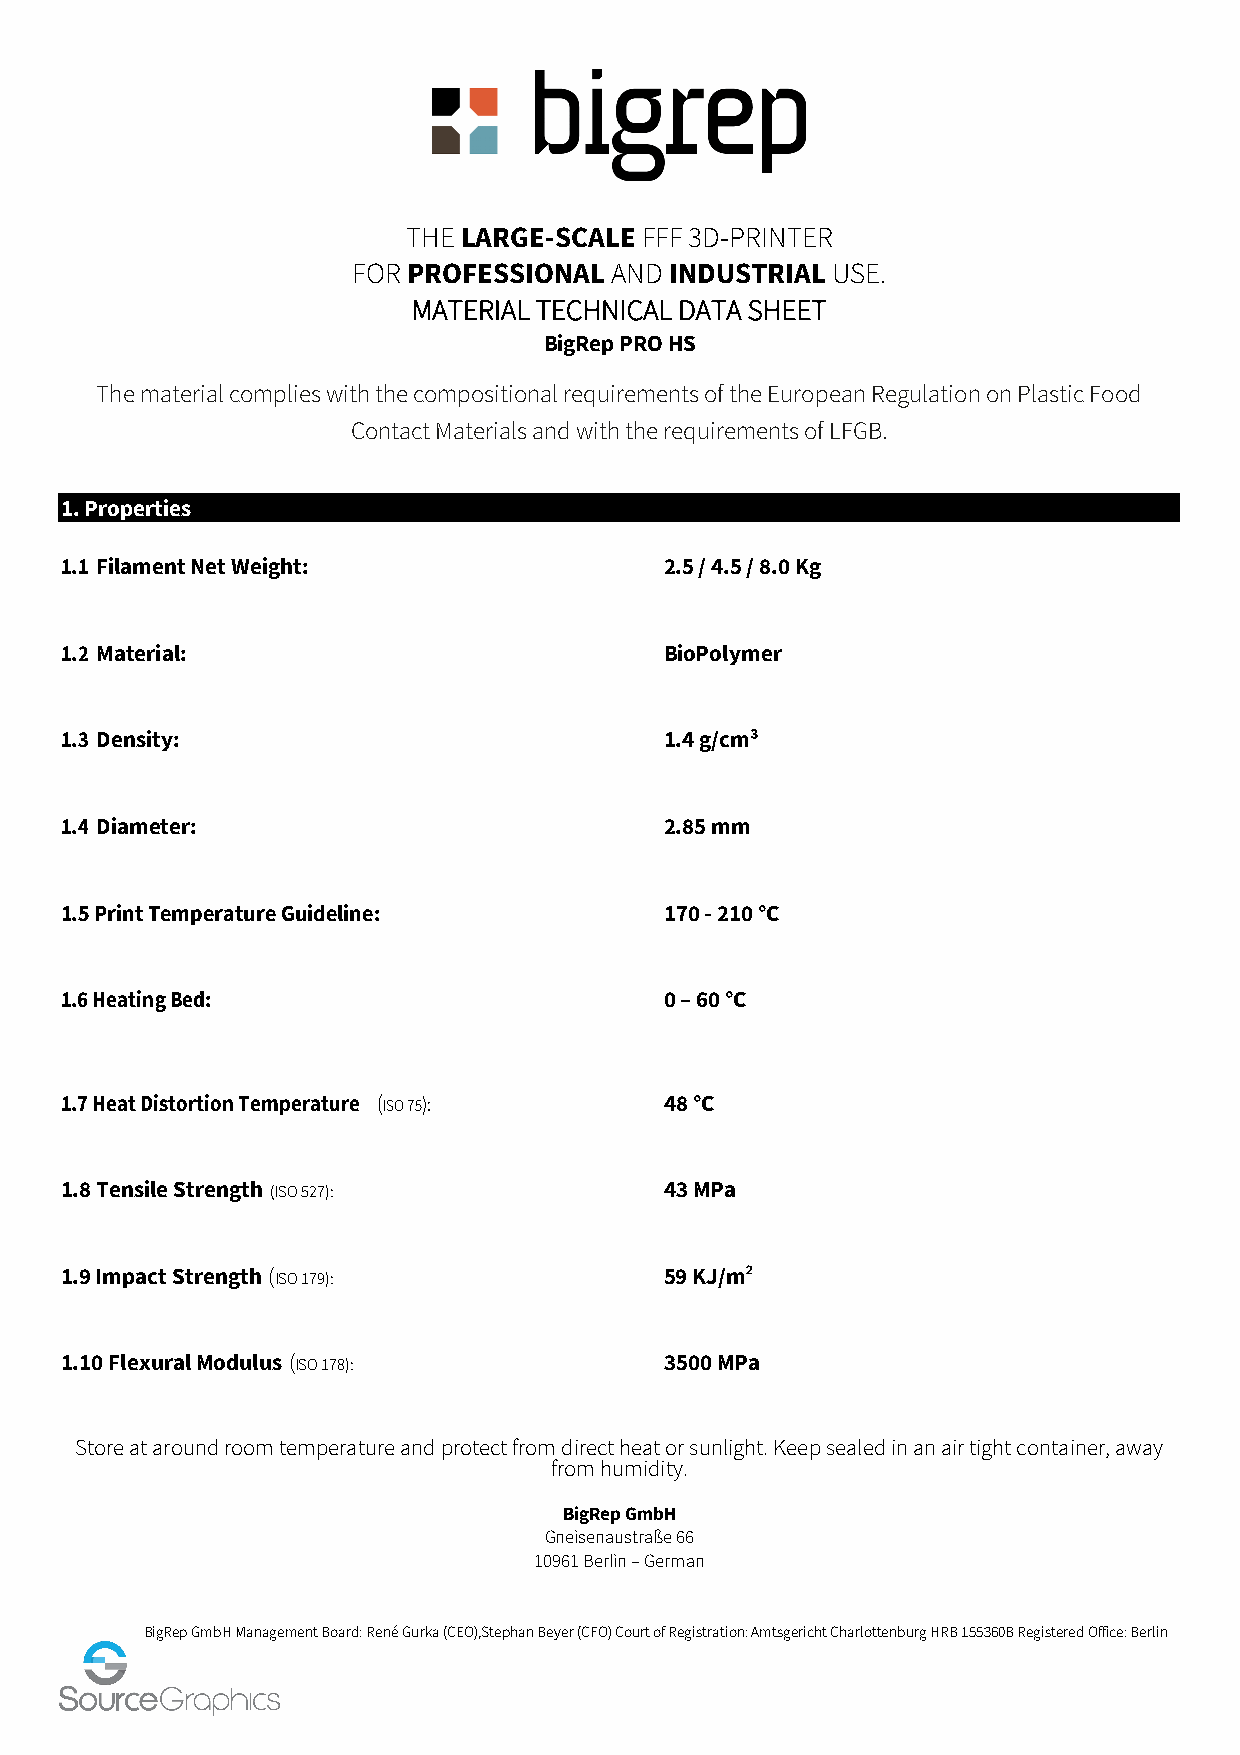
THE LARGE-SCALE FFF 3D-PRINTER
 FOR PROFESSIONAL AND INDUSTRIAL USE.
 MATERIAL TECHNICAL DATA SHEET
 BigRep PRO HS
 The material complies with the compositional requirements of the European Regulation on Plastic Food
 Contact Materials and with the requirements of LFGB.
 1.Properties
 1.1 Filament Net Weight:                2.5 / 4.5 / 8.0 Kg
 1.2 Material:                           BioPolymer
 1.3 Density:                            1.4 g/cm³
 1.4 Diameter:                           2.85 mm
 1.5 Print Temperature Guideline:        170 - 210 °C
 1.6 Heating Bed:                        0 – 60 °C
 1.7 Heat Distortion Temperature (ISO 75): 48 °C
 1.8 Tensile Strength (ISO 527):         43 MPa
 1.9 Impact Strength (ISO 179):          59 KJ/m2
 1.10 Flexural Modulus (ISO 178):        3500 MPa
 Store at around room temperature and protect from direct heat or sunlight. Keep sealed in an air tight container, away
 from humidity.
 BigRep GmbH
 Gneisenaustraße 66
 10961 Berlin – German
 BigRep GmbH Management Board: René Gurka (CEO),Stephan Beyer (CFO) Court of Registration: Amtsgericht Charlottenburg HRB 155360B Registered Office: Berlin